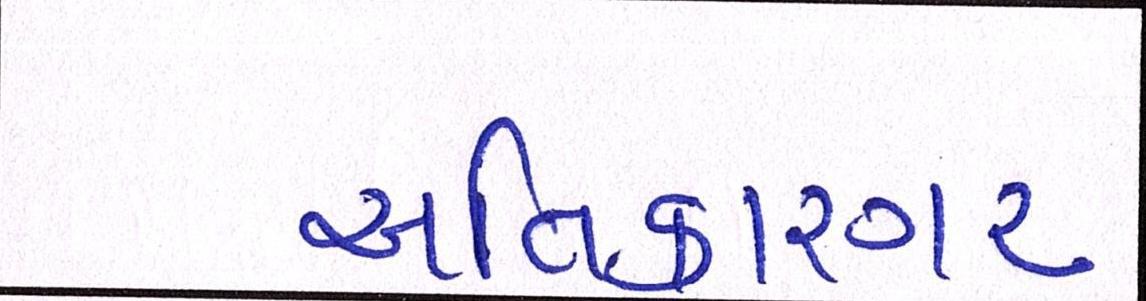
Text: અતિકારગર